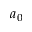
a _ { 0 }